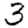
Digit: 3